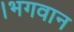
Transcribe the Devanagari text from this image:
।भगवान